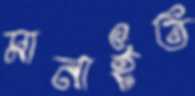
মানাইত